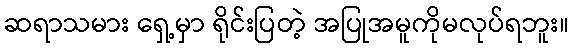
ဆရာသမား ရှေ့မှာ ရိုင်းပြတဲ့ အပြုအမူကိုမလုပ်ရဘူး။